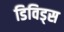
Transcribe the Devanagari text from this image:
डिविड्स